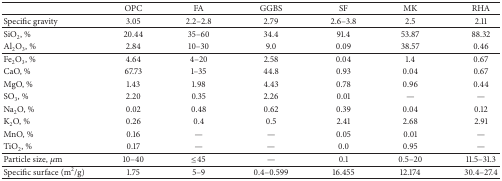
<table><thead><tr><td><b> </b></td><td><b>OPC</b></td><td><b>FA</b></td><td><b>GGBS</b></td><td><b>SF</b></td><td><b>MK</b></td><td><b>RHA</b></td></tr></thead><tbody><tr><td>Specific gravity</td><td>3.05</td><td>2.2–2.8</td><td>2.79</td><td>2.6–3.8</td><td>2.5</td><td>2.11</td></tr><tr><td>SiO<sub>2</sub>, %</td><td>20.44</td><td>35–60</td><td>34.4 </td><td>91.4</td><td>53.87</td><td>88.32 </td></tr><tr><td>Al<sub>2</sub>O<sub>3</sub>, %</td><td>2.84</td><td>10–30 </td><td>9.0 </td><td>0.09</td><td>38.57</td><td>0.46 </td></tr><tr><td>Fe<sub>2</sub>O<sub>3</sub>, %</td><td>4.64</td><td>4–20</td><td>2.58</td><td>0.04</td><td>1.4</td><td>0.67</td></tr><tr><td>CaO, %</td><td>67.73</td><td>1–35</td><td>44.8</td><td>0.93</td><td>0.04</td><td>0.67</td></tr><tr><td>MgO, %</td><td>1.43</td><td>1.98</td><td>4.43</td><td>0.78</td><td>0.96</td><td>0.44 </td></tr><tr><td>SO<sub>3</sub>, %</td><td>2.20</td><td>0.35</td><td>2.26</td><td>0.01</td><td>—</td><td>—</td></tr><tr><td>Na<sub>2</sub>O, %</td><td>0.02</td><td>0.48</td><td>0.62</td><td>0.39</td><td>0.04</td><td>0.12 </td></tr><tr><td>K<sub>2</sub>O, %</td><td>0.26</td><td>0.4</td><td>0.5</td><td>2.41</td><td>2.68</td><td>2.91</td></tr><tr><td>MnO, %</td><td>0.16</td><td>—</td><td>—</td><td>0.05</td><td>0.01</td><td>—</td></tr><tr><td>TiO<sub>2</sub>, %</td><td>0.17</td><td>—</td><td>—</td><td>0.0</td><td>0.95</td><td>—</td></tr><tr><td>Particle size, <i>μ</i>m</td><td>10–40 </td><td>≤45 </td><td>—</td><td>0.1 </td><td>0.5–20 </td><td>11.5–31.3 </td></tr><tr><td>Specific surface (m<sup>2</sup>/g)</td><td>1.75 </td><td>5–9 </td><td>0.4–0.599 </td><td>16.455 </td><td>12.174 </td><td>30.4–27.4 </td></tr></tbody></table>